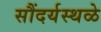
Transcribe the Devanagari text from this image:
सौंदर्यस्थळे